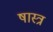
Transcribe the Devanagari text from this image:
षास्त्र